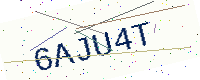
Text: 6AJU4T